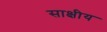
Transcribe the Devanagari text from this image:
साक्षीय